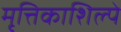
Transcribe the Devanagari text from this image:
मृत्तिकाशिल्पे